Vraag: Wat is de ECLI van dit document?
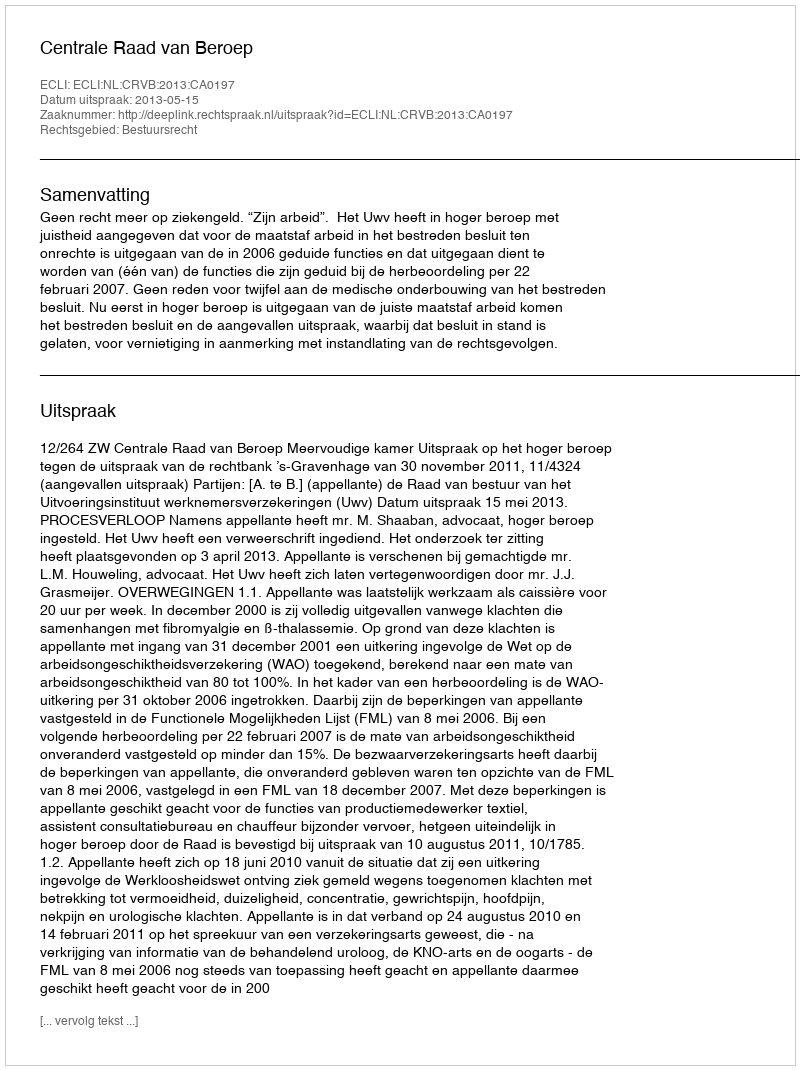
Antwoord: ECLI:NL:CRVB:2013:CA0197